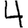
Digit: 4